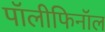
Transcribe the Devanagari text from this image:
पॉलीफिनॉल